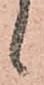
ヽ